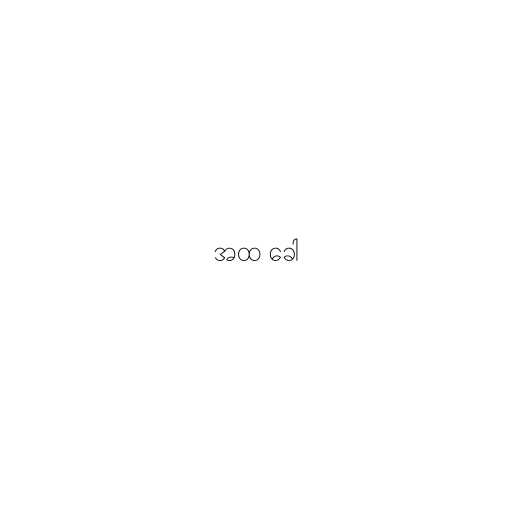
အထ ခေါ